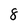
Character: 8